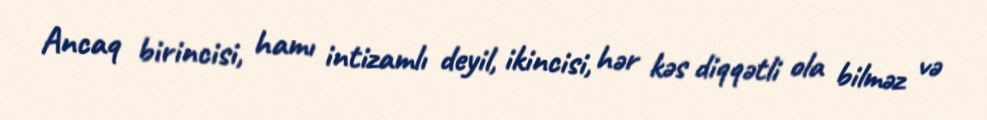
Ancaq birincisi, hamı intizamlı deyil, ikincisi, hər kəs diqqətli ola bilməz və